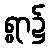
ရွာ၌